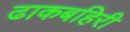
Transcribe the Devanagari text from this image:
ढाकबहिरी